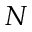
_ N